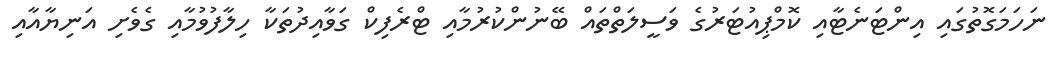
ނަހަމަގޮތުގައި އިންޓަނެޓާއި ކޮމްޕިއުޓަރުގެ ވަސީލަތްތައް ބޭނުންކުރުމާއި ޓްރެފިކް ގަވާއިދުތަކާ ހިލާފުވުމާއި ގެވެށި އަނިޔާއާއި